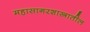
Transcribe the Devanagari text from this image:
महासागरशास्त्रातील